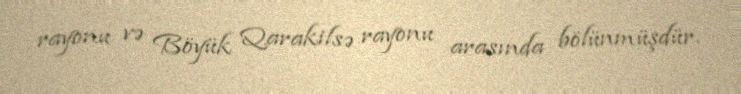
rayonu və Böyük Qarakilsə rayonu arasında bölünmüşdür.